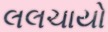
લલચાયો